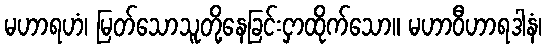
မဟာရဟံ၊ မြတ်သောသူတို့နေခြင်းငှာထိုက်သော။ မဟာဝီဟာရဒါနံ၊